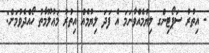
- އިތުރު ސަޕޯޓިންގ ލިޔުމެއްވާނަމަ އެ ފަދަ ލިޔުމެއް އިތުރު މަޢުލޫމާތު ހޯއްދެވުމަށް: